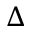
\Delta